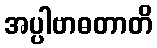
အပ္ပါဗာဓတာတိ